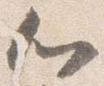
心